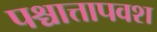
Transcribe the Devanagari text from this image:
पश्चात्तापवश